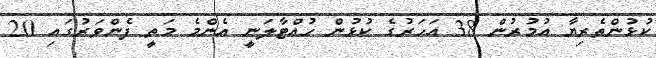
ކުޅުންތެރިޔާ އުމުރުން 38 އަހަރުގެ ކުޅުން ހުއްޓާލަނީ އެންމެ މަތީ ފެންވަރުގައި 20